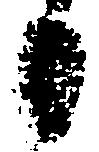
日